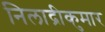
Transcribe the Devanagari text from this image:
निलाद्रीकुमार